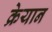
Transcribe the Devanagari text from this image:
क्रेयान